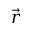
\vec { r }